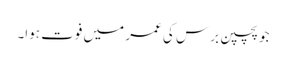
جو پچپن برس کی عمر میں فوت ہوا۔